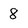
Character: 8